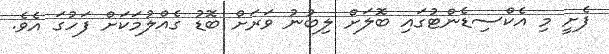
ފެށީ މި އެކްސިޑެންޓުގައި ބޮލަށް ލިބުނު ވަރަށް ބޮޑު ގެއްލުމަކަށް ފަހުގަ އެވެ.